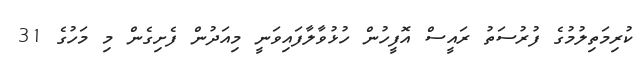
ކުރިމަތިލުމުގެ ފުރުސަތު ރައީސް އޮފީހުން ހުޅުވާލާފައިވަނީ މިއަދުން ފެށިގެން މި މަހުގެ 31